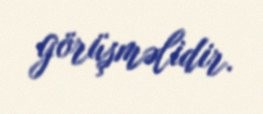
görüşməlidir.